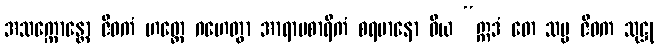
အသက္ကောန္တော ဇီဝကံ ဟတ္ထေ ဂဟေတွာ အာရာမစာရိကံ စရမာနော ဝိယ “ဣဒံ တေ သမ္မ ဇီဝက သုဋ္ဌု